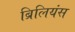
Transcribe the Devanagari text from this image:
ब्रिलियंस